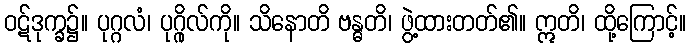
ဝဋ်ဒုက္ခ၌။ ပုဂ္ဂလံ၊ ပုဂ္ဂိုလ်ကို။ သိနောတိ ဗန္ဓတိ၊ ဖွဲ့ထားတတ်၏။ ဣတိ၊ ထို့ကြောင့်။